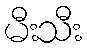
မီးသီး